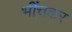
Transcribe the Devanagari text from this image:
भींचकर